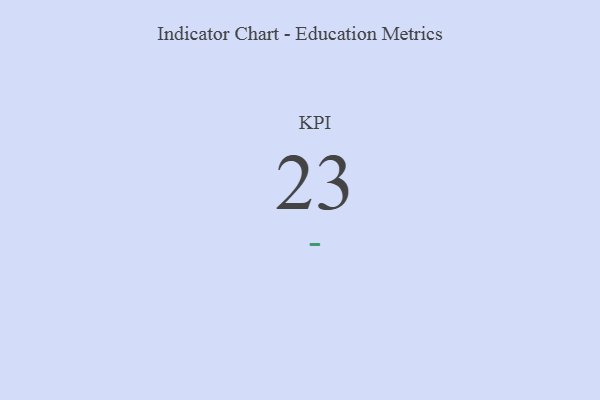
{"axis": {"x": "KPI", "y": "Value"}, "legend": [""], "data": [{"x": "KPI", "y": 23, "type": ""}]}